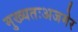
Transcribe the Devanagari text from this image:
मुख्यतःअजमेर